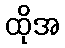
ထိုအ